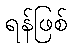
ရန်ဖြစ်